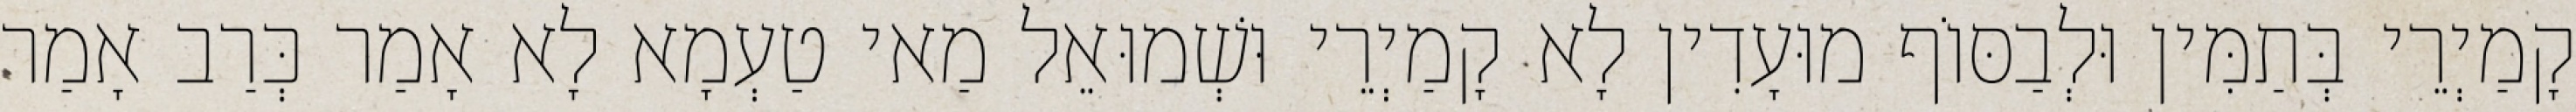
קָמַיְרֵי בְּתַמִּין וּלְבַסּוֹף מוּעָדִין לָא קָמַיְרֵי וּשְׁמוּאֵל מַאי טַעְמָא לָא אָמַר כְּרַב אָמַר